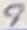
Text: 9